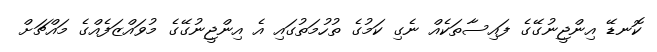
ކޮނޑޭ އިންޖީނުގޭގެ ފައިސާތަކެއް ނެގި ކަމުގެ ތުހުމަތުގައި އެ އިންޖީނުގޭގެ މުވައްޒަފެއްގެ މައްޗަށް